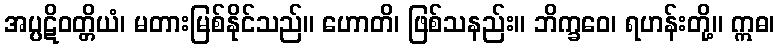
အပ္ပဋိဝတ္တိယံ၊ မတားမြစ်နိုင်သည်။ ဟောတိ၊ ဖြစ်သနည်း။ ဘိက္ခဝေ၊ ရဟန်းတို့။ ဣဓ၊